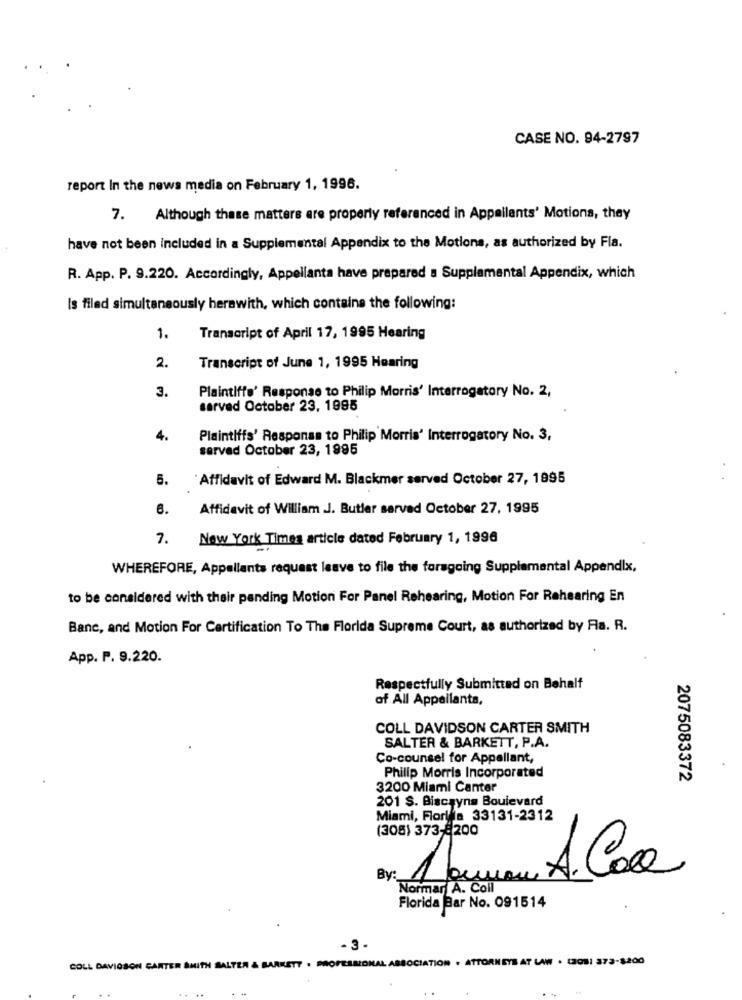
CASE NO. 94-2797
report In the news media on February 1, 1996.
7. Although these matters are properly referenced in Appellants' Motions, they
have not been included in a Supplemental Appendix to the Motions, as authorized by Fla.
R. App. P. 9.220. Accordingly, Appellanta have prepared a Supplemental Appendix, which
Is filed simultaneously herewith, which contains the following:
1.
Transcript of April 17, 1995 Hearing
2.
Transcript of June 1, 1995 Hearing
3.
Plaintiffe' Response to Philip Morris' Interrogatory No. 2,
served October 23, 1995
4.
Plaintiffs' Response to Philip Morris' Interrogatory No. 3,
served October 23, 1995
5.
`Affidavit of Edward M. Blackmer served October 27, 1995
6.
Affidavit of William J. Butler sarvad October 27, 1995
1.
New York Times article dated February 1, 1996
WHEREFORE, Appellants request leave to file the foregoing Supplemental Appendix,
to be considered with their pending Motion For Panel Rehearing, Motion For Rehearing En
Banc, and Motion For Certification To The Florida Supreme Court, as authorized by Fla. R.
App. P. 9.220.
Respectfully Submitted on Behalf
of All Appellanta,
COLL DAVIDSON CARTER SMITH
SALTER & BARKETT, P.A.
Co-counsel for Appellant,
Philip Morris Incorporated
2075083372
3200 Miami Canter
201 S. Biscayne Boulevard
Miami, Florida 33131-2312
(308) 373-8200
Laman A. Coca
By:
Normar A. Coll
Florida Bar No. 091514
-3-
COLL DAVIDSON CARTER SMITH SALTER & BARKETT . PROFESSIONAL ASSOCIATION . ATTORNEYS AT LAW . CZOS: 373-$200